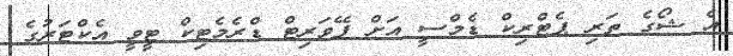
އެ ޝޯގެ ތަރި ޕެޓްރިކް ޑެމްސީ އަށް ފޭވަރިޓް ޑްރެމެޓިކް ޓީވީ އެކްޓަރުގެ